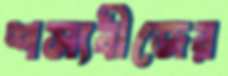
শস্যবীজের